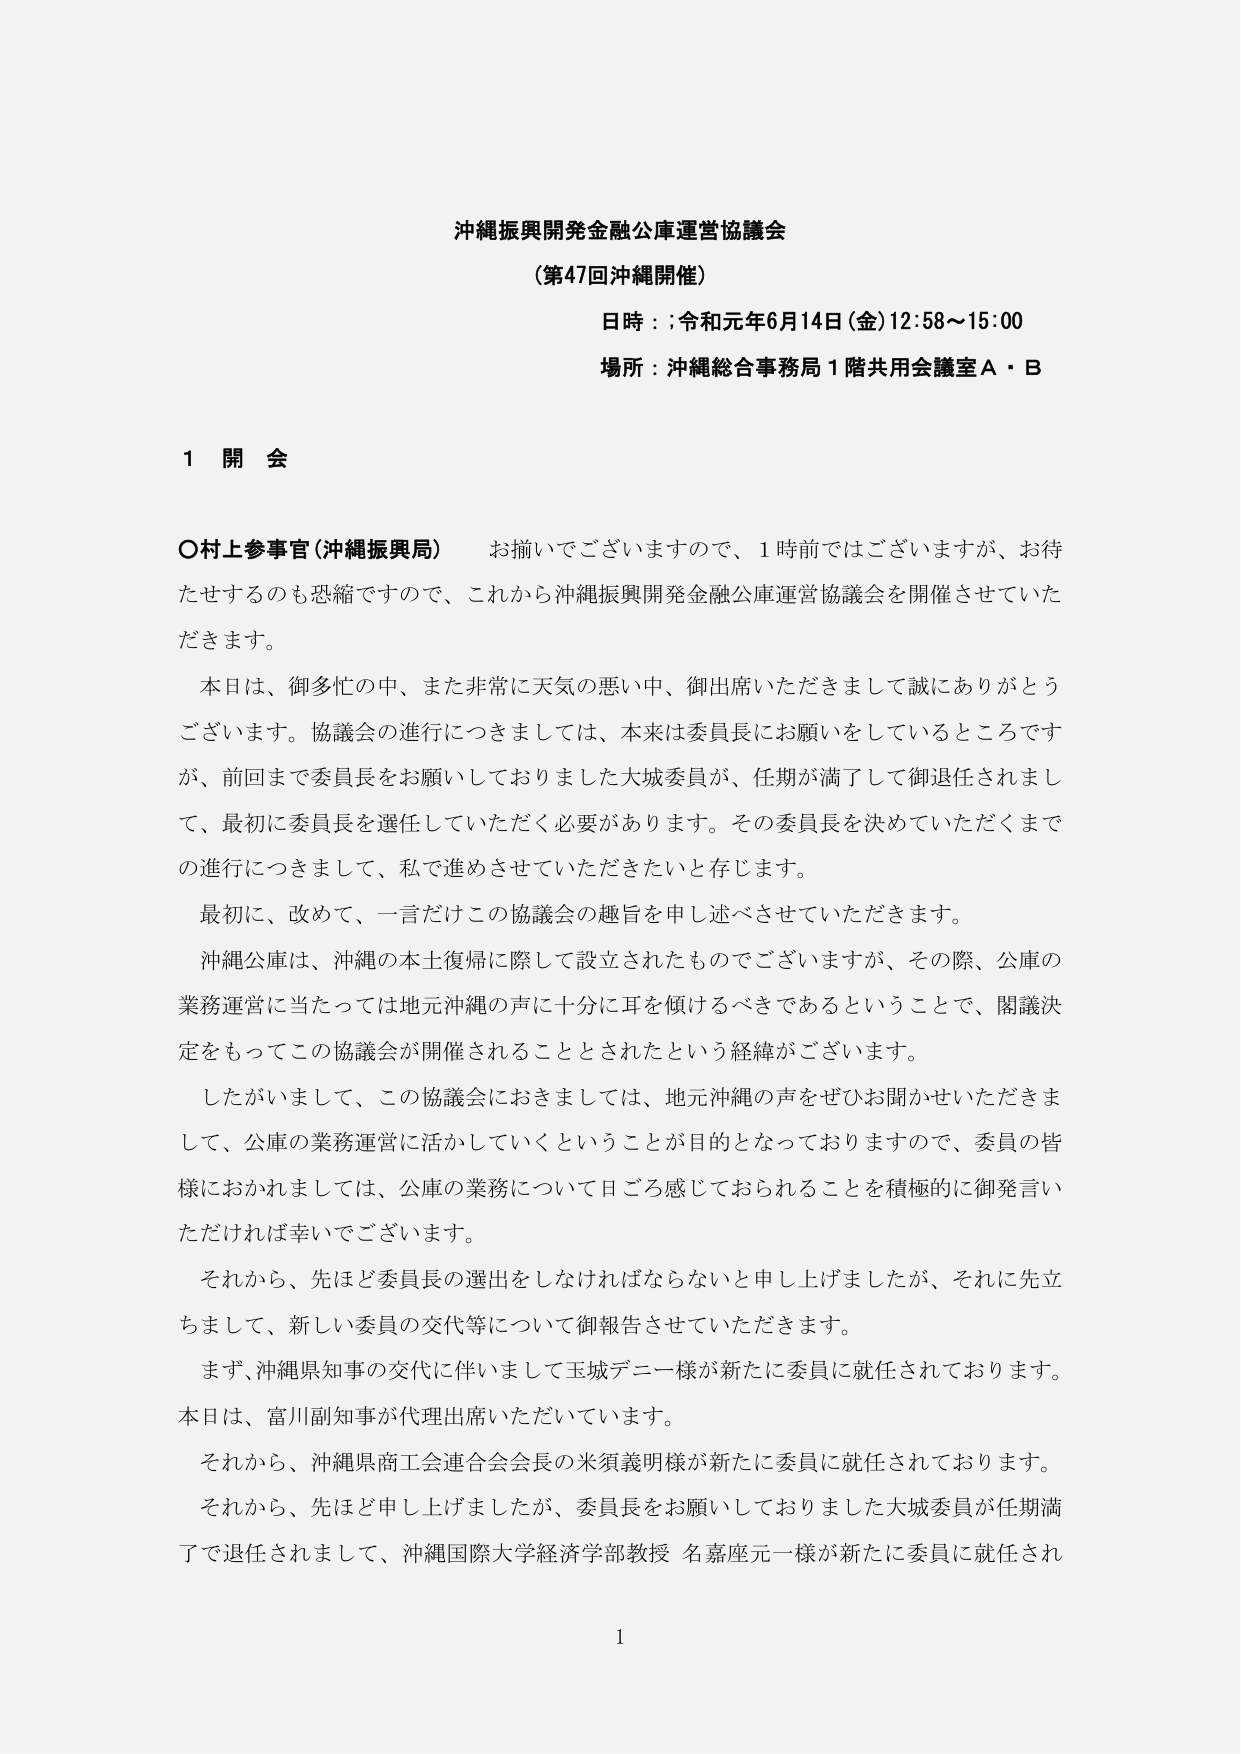
沖縄振興開発金融公庫運営協議会
（第47回沖縄開催）
日時：令和元年6月14日（金）12:58～15:00
場所：沖縄総合事務局 1 階共用会議室 A・B

1 開 会

○村上参事官（沖縄振興局） お揃いでございますので、1 時前ではございますが、お待たせするのも恐縮ですので、これから沖縄振興開発金融公庫運営協議会を開催させていただきます。

本日は、御多忙の中、また非常に天気の悪い中、御出席いただきまして誠にありがとうございます。協議会の進行につきましては、本来は委員長にお願いをしているところですが、前回まで委員長をお願いしておりました大城委員が、任期が満了して御退任されましたので、最初に委員長を選任していただく必要があります。その委員長を決めていただくまでの進行につきまして、私で進めさせていただきたいと存じます。

最初に、改めて、一言だけこの協議会の趣旨を申し述べさせていただきます。

沖縄公庫は、沖縄の本土復帰に際して設立されたものでございますが、その際、公庫の業務運営に当たっては地元沖縄の声に十分に耳を傾けるべきであるということで、閣議決定をもってこの協議会が開催されることとされたという経緯がございます。

したがいまして、この協議会におきましては、地元沖縄の声をぜひお聞かせいただきまして、公庫の業務運営に活かしていくということが目的となっておりますので、委員の皆様におかれましては、公庫の業務について日ごろ感じておられることを積極的に御発言いただければ幸いでございます。

それから、先ほど委員長の選出をしなければならないと申し上げましたが、それに先立ちまして、新しい委員の交代等について御報告させていただきます。

まず、沖縄県知事の交代に伴いまして玉城デニー様が新たに委員に就任されております。本日は、富川副知事が代理出席いただいています。

それから、沖縄県商工会連合会会長の米須義明様が新たに委員に就任されております。

それから、先ほど申し上げましたが、委員長をお願いしておりました大城委員が任期満了で退任されましたので、沖縄国際大学経済学部教授 名嘉座元一様が新たに委員に就任され

1